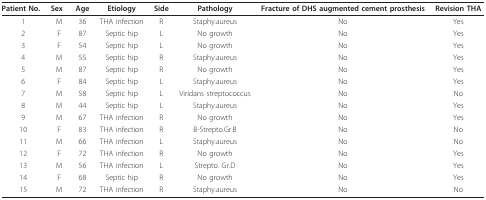
| Patient No. | Sex | Age | Etiology | Side | Pathology | Fracture of DHS augmented cement prosthesis | Revision THA |
 | --- | --- | --- | --- | --- | --- | --- | --- |
 | 1 | M | 36 | THA infection | R | Staphy.aureus | No | Yes |
 | 2 | F | 87 | Septic hip | L | No growth | No | Yes |
 | 3 | F | 54 | Septic hip | L | No growth | No | Yes |
 | 4 | M | 55 | Septic hip | R | Staphy.aureus | No | Yes |
 | 5 | M | 87 | Septic hip | R | No growth | No | Yes |
 | 6 | F | 84 | Septic hip | L | Staphy.aureus | No | Yes |
 | 7 | M | 58 | Septic hip | L | Viridans streptococcus | No | No |
 | 8 | M | 44 | Septic hip | L | Staphy.aureus | No | Yes |
 | 9 | M | 67 | THA infection | R | No growth | No | Yes |
 | 10 | F | 83 | THA infection | R | B-Strepto.Gr.B | No | No |
 | 11 | M | 66 | THA infection | L | Staphy.aureus | No | No |
 | 12 | F | 72 | THA infection | R | No growth | No | Yes |
 | 13 | M | 56 | THA infection | L | Strepto. Gr.D | No | Yes |
 | 14 | F | 68 | Septic hip | R | No growth | No | Yes |
 | 15 | M | 72 | THA infection | R | Staphy.aureus | No | No |